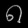
Digit: ၈